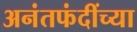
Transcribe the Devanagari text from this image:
अनंतफंदींच्या